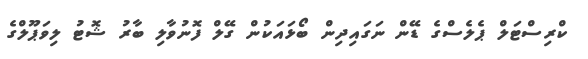
ކްރިސްޓަލް ޕެލެސްގެ ޑޭން ނަގައިދިން ބޯޅައަކުން ގޭލް ފޮނުވާލި ބާރު ޝޮޓު ލިވަޕޫލްގެ